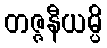
တဇ္ဇနီယမ္ပိ